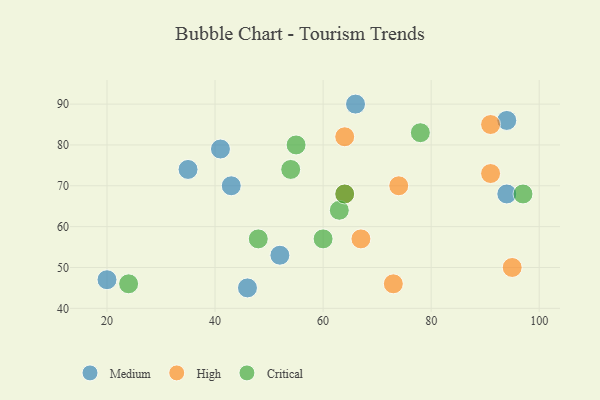
{"axis": {"x": "GDP", "y": "Life Expectancy"}, "legend": ["Critical", "High", "Medium"], "data": [{"x": "46", "y": 45, "type": "Medium"}, {"x": "94", "y": 86, "type": "Medium"}, {"x": "35", "y": 74, "type": "Medium"}, {"x": "41", "y": 79, "type": "Medium"}, {"x": "52", "y": 53, "type": "Medium"}, {"x": "94", "y": 68, "type": "Medium"}, {"x": "66", "y": 90, "type": "Medium"}, {"x": "20", "y": 47, "type": "Medium"}, {"x": "43", "y": 70, "type": "Medium"}, {"x": "73", "y": 46, "type": "High"}, {"x": "67", "y": 57, "type": "High"}, {"x": "91", "y": 73, "type": "High"}, {"x": "95", "y": 50, "type": "High"}, {"x": "74", "y": 70, "type": "High"}, {"x": "64", "y": 82, "type": "High"}, {"x": "64", "y": 68, "type": "High"}, {"x": "91", "y": 85, "type": "High"}, {"x": "55", "y": 80, "type": "Critical"}, {"x": "48", "y": 57, "type": "Critical"}, {"x": "78", "y": 83, "type": "Critical"}, {"x": "63", "y": 64, "type": "Critical"}, {"x": "64", "y": 68, "type": "Critical"}, {"x": "24", "y": 46, "type": "Critical"}, {"x": "60", "y": 57, "type": "Critical"}, {"x": "54", "y": 74, "type": "Critical"}, {"x": "97", "y": 68, "type": "Critical"}]}